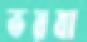
ভয়ষা